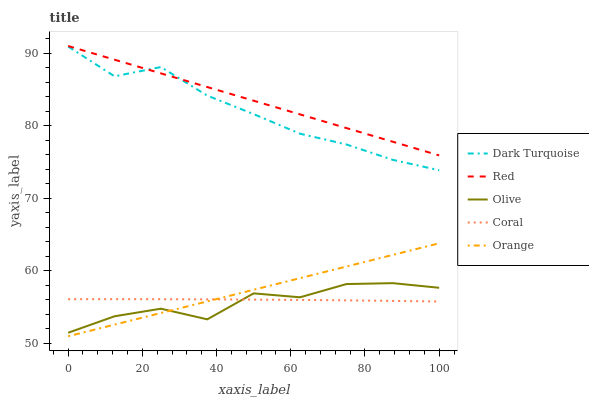
| xaxis_label | Dark Turquoise | Red | Olive | Coral | Orange |
 | --- | --- | --- | --- | --- | --- |
 | 0 | 90.9 | 91 | 51.5 | 56.1 | 51 |
 | 12.5 | 86.8 | 89.1 | 53.8 | 56.1 | 52.6 |
 | 25 | 88.1 | 87.2 | 54.8 | 56.1 | 54.2 |
 | 37.5 | 84.2 | 85.3 | 53.3 | 56.1 | 55.8 |
 | 50 | 81.6 | 83.5 | 56.9 | 56.1 | 57.4 |
 | 62.5 | 78.9 | 81.6 | 56.4 | 56 | 59 |
 | 75 | 77.4 | 79.7 | 58.2 | 55.9 | 60.6 |
 | 87.5 | 75.3 | 77.8 | 58.3 | 55.9 | 62.2 |
 | 100 | 73.9 | 75.9 | 57.7 | 55.8 | 63.8 |